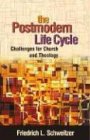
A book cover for The Postmodern Life Cycle: Challenges for Church and Theology; Dr. Friedrich Schweitzer; Christian Books & Bibles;